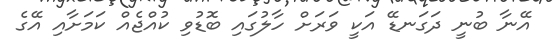
އޭނާ ބުނީ ދަގަނޑޭ އަކީ ވަރަށް ހާލުގައި ބޮޑުވި ކުއްޖެއް ކަމަށާއި އޭގެ